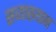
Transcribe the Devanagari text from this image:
सव्याख्यान